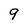
Character: 9